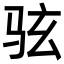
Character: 𫠊